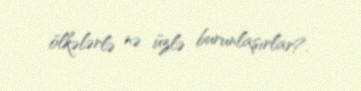
ölkələrlə nə üzlə burunlaşırlar?.